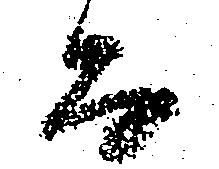
而